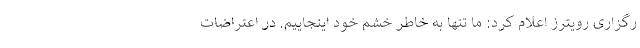
رگزاری رویترز اعلام کرد: ما تنها به خاطر خشم خود اینجاییم. در اعتراضات